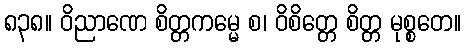
၈၃၈။ ဝိညာဏေ စိတ္တကမ္မေ စ၊ ဝိစိတ္တေ စိတ္တ မုစ္စတေ။